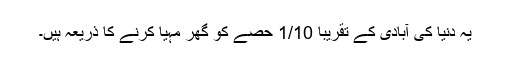
یہ دنیا کی آبادی کے تقریباً 1/10 حصے کو گھر مہیا کرنے کا ذریعہ ہیں۔